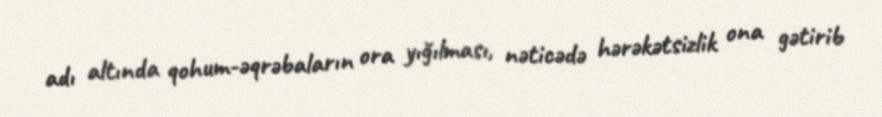
adı altında qohum-əqrəbaların ora yığılması, nəticədə hərəkətsizlik ona gətirib